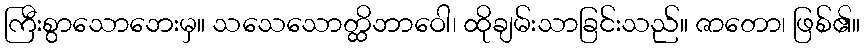
ကြီးစွာသောဘေးမှ။ သသေသောတ္ထိဘာဝေါ၊ ထိုချမ်းသာခြင်းသည်။ ဇာတော၊ ဖြစ်၏။